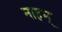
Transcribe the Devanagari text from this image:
नाहम्